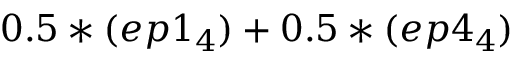
0 . 5 * ( e p 1 _ { 4 } ) + 0 . 5 * ( e p 4 _ { 4 } )